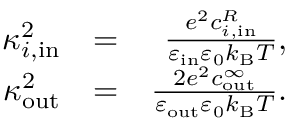
\begin{array} { r l r } { \kappa _ { i , \mathrm { i n } } ^ { 2 } } & { = } & { \frac { e ^ { 2 } c _ { i , \mathrm { i n } } ^ { R } } { \varepsilon _ { \mathrm { i n } } \varepsilon _ { 0 } k _ { \mathrm { B } } T } , } \\ { \kappa _ { \mathrm { o u t } } ^ { 2 } } & { = } & { \frac { 2 e ^ { 2 } c _ { \mathrm { o u t } } ^ { \infty } } { \varepsilon _ { \mathrm { o u t } } \varepsilon _ { 0 } k _ { \mathrm { B } } T } . } \end{array}